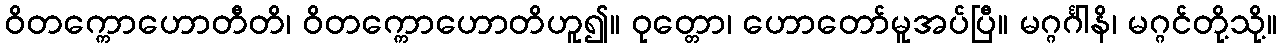
ဝိတက္ကောဟောတီတိ၊ ဝိတက္ကောဟောတိဟူ၍။ ဝုတ္တော၊ ဟောတော်မူအပ်ပြီ။ မဂ္ဂင်္ဂါနိ၊ မဂ္ဂင်တို့သို့။